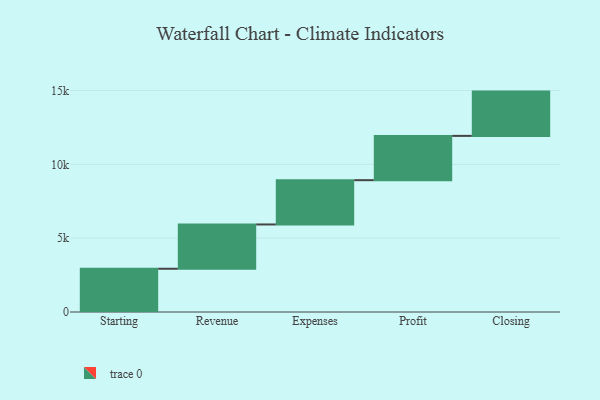
{"axis": {"x": "Step", "y": "Value"}, "legend": [""], "data": [{"x": "Starting", "y": 2930.0, "type": ""}, {"x": "Revenue", "y": 3000, "type": ""}, {"x": "Expenses", "y": 3000, "type": ""}, {"x": "Profit", "y": 3000, "type": ""}, {"x": "Closing", "y": 3000, "type": ""}]}